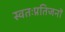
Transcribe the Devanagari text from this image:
स्वतःप्रतिजनों